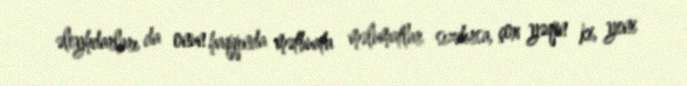
əleyhdarları da onun haqqında mətbuata məlumatlar sızdırsa, çox yəqin ki, yeni